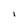
Character: i